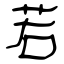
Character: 若